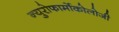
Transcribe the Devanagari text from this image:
न्युरोफार्मोकोलोजी